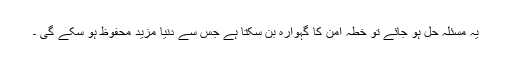
یہ مسئلہ حل ہو جائے تو خطہ امن کا گہوارہ بن سکتا ہے جس سے دنیا مزید محفوظ ہو سکے گی ۔